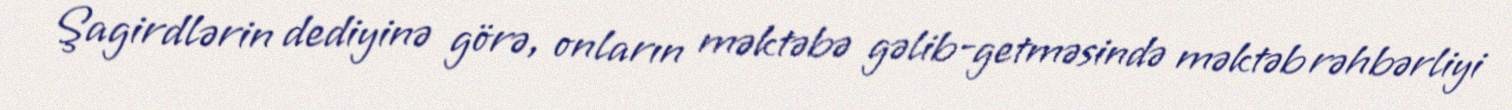
Şagirdlərin dediyinə görə, onların məktəbə gəlib-getməsində məktəb rəhbərliyi